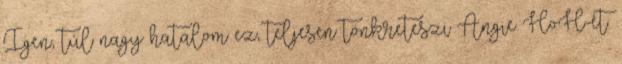
Igen, túl nagy hatalom ez, teljesen tönkreteszi Angie HoH-ét.